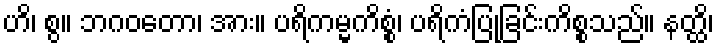
ဟိ၊ စွ။ ဘဂဝတော၊ အား။ ပရိကမ္မကိစ္စံ၊ ပရိကံပြုခြင်းကိစ္စသည်။ နတ္ထိ၊